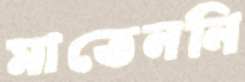
মাতেননি